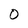
Character: O